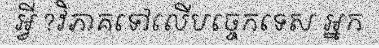
អ្វី ?វិភាគទៅលើបច្ចេកទេស អ្នក